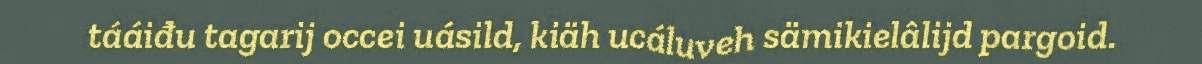
tááiđu tagarij occei uásild, kiäh ucáluveh sämikielâlijd pargoid.